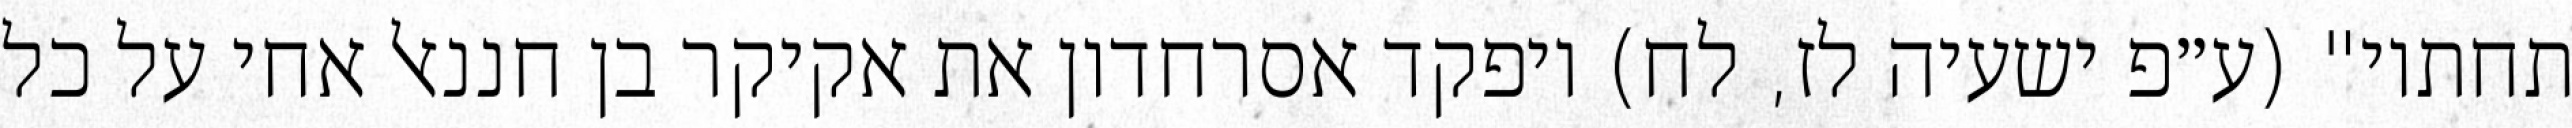
תחתיו" (ע״פ ישעיה לז, לח) ויפקד אסרחדון את אקיקר בן חננאל אחי על כל